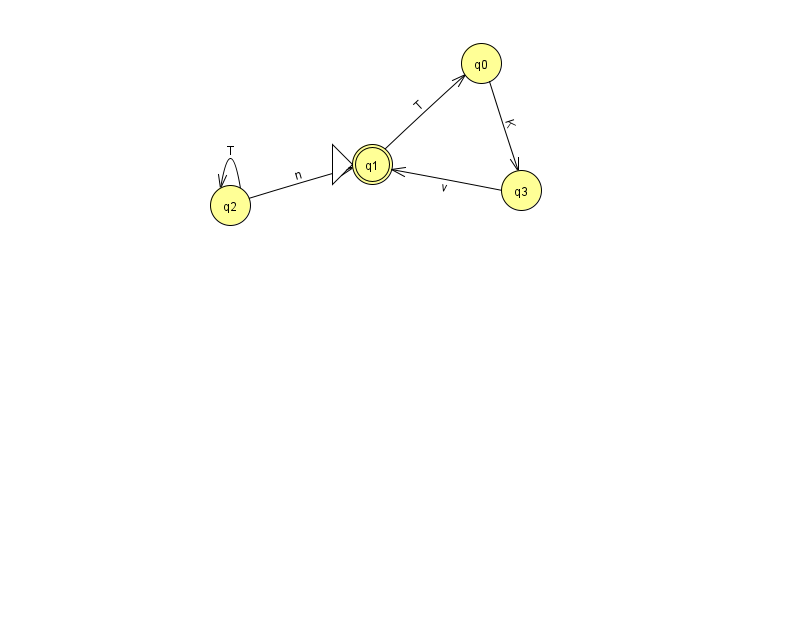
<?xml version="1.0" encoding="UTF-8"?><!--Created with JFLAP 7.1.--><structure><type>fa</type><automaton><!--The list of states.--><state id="0" name="q0"><x>481.0</x><y>50.0</y></state><state id="1" name="q1"><x>372.0</x><y>151.0</y><initial/><final/></state><state id="2" name="q2"><x>230.0</x><y>192.0</y></state><state id="3" name="q3"><x>521.0</x><y>177.0</y></state><!--The list of transitions.--><transition><from>1</from><to>0</to><read>T</read></transition><transition><from>2</from><to>2</to><read>T</read></transition><transition><from>3</from><to>1</to><read>v</read></transition><transition><from>2</from><to>1</to><read>n</read></transition><transition><from>0</from><to>3</to><read>K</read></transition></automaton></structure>